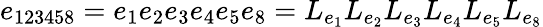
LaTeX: e_{123458}=e_{1}e_{2}e_{3}e_{4}e_{5}e_{8}=L_{e_{1}}L_{e_{2}}L_{e_{3}}L_{e_{4}}L_{e_{5}}L_{e_{8}}